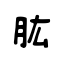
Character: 肱